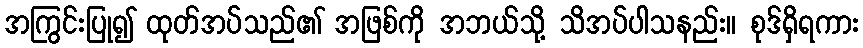
အကြွင်းပြု၍ ထုတ်အပ်သည်၏ အဖြစ်ကို အဘယ်သို့ သိအပ်ပါသနည်း။ စုဒ်ရှိရကား